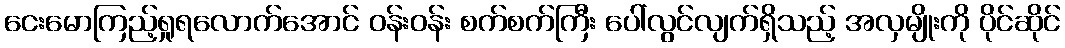
ငေးမောကြည့်ရှုရလောက်အောင် ဝန်းဝန်း စက်စက်ကြီး ပေါ်လွင်လျက်ရှိသည့် အလှမျိုးကို ပိုင်ဆိုင်